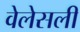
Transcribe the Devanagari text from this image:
वेलेसली